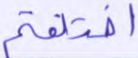
اختلفتم